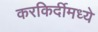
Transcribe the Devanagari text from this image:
करकिर्दीमध्ये